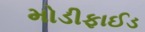
મોડીફાઈડ